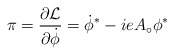
\begin{align*}\pi = \frac{\partial {\cal L}}{\partial\dot{\phi}} = \dot{\phi}^{*} -ieA_{\circ}\phi^{*}\end{align*}